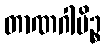
တာဏဂါမိဉ္စ